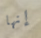
إنها